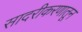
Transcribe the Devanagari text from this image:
सादरीकरणातून